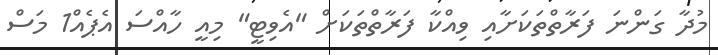
މުދާ ގަންނަ ފަރާތްތަކަށާއި ވިއްކާ ފަރާތްތަކަށް "އެވިޓީ" މިއީ ހާއްސަ އެޕެއް1 މަސް